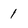
Character: 1